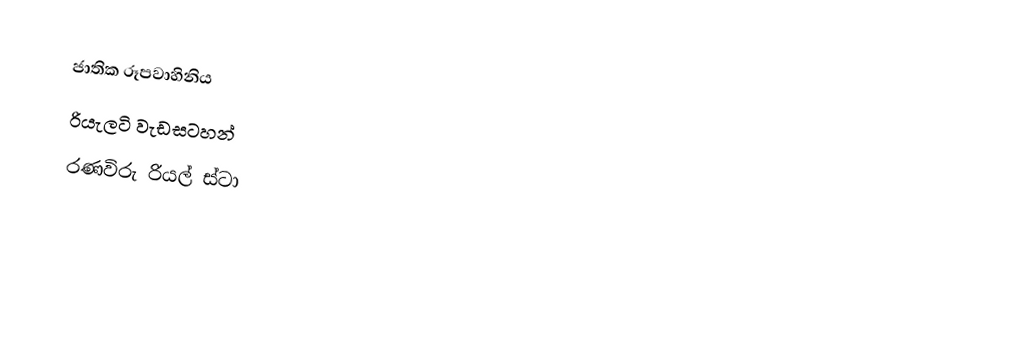
ජාතික රූපවාහිනිය
රියැලටි වැඩසටහන්
රණවිරු රියල් ස්ටා